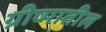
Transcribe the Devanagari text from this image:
ग्रीष्मातील